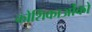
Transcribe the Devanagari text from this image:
कोशिकाओंको